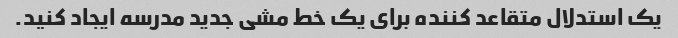
یک استدلال متقاعد کننده برای یک خط مشی جدید مدرسه ایجاد کنید.